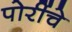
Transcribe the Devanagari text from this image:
पोरींचे